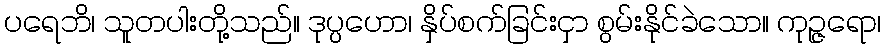
ပရေဘိ၊ သူတပါးတို့သည်။ ဒုပ္ပဟော၊ နှိပ်စက်ခြင်းငှာ စွမ်းနိုင်ခဲသော။ ကုဉ္ဇရော၊